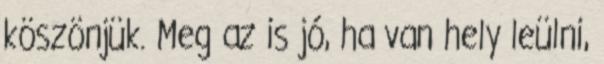
köszönjük. Meg az is jó, ha van hely leülni,